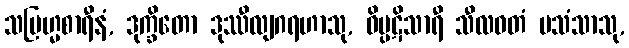
သဗြဟ္မစာရီနံ, ဒုက္ခိတော ဒုဿီလျဂရဟာသု, ဝိပ္ပဋိသာရီ သီလဝတံ ပသံသာသု,